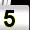
Digit: 5